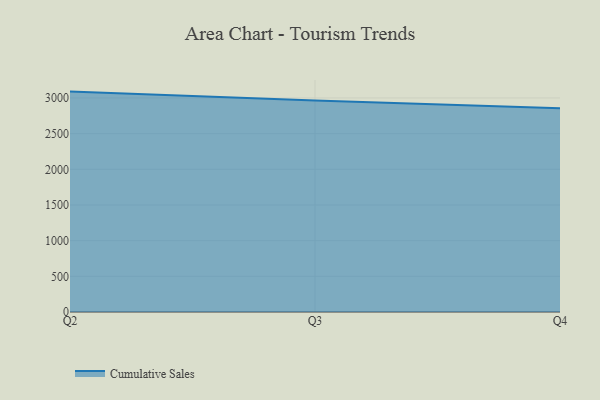
{"axis": {"x": "Quarter", "y": "Demand Index"}, "legend": ["Cumulative Sales"], "data": [{"x": "Q2", "y": 3089.1, "type": "Cumulative Sales"}, {"x": "Q3", "y": 2965.5, "type": "Cumulative Sales"}, {"x": "Q4", "y": 2854.8, "type": "Cumulative Sales"}]}